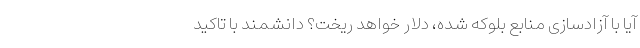
آیا با آزادسازی منابع بلوکه شده، دلار خواهد ریخت؟ دانشمند با تاکید